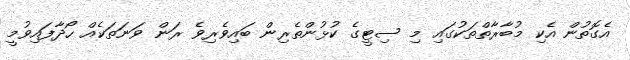
އެގޮތުން އެކި މުބާރާތްތަކުގައި މި ސިޓީގެ ކުޅުންތެރިން ބައިވެރިވެ ރަން ވަނަތަކެއް ހޯދާފައިވުމީ